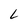
Character: L